Indian journal of veterinary science and animal husbandry - Volumes 18-21, 1948-1951
Year: 1948
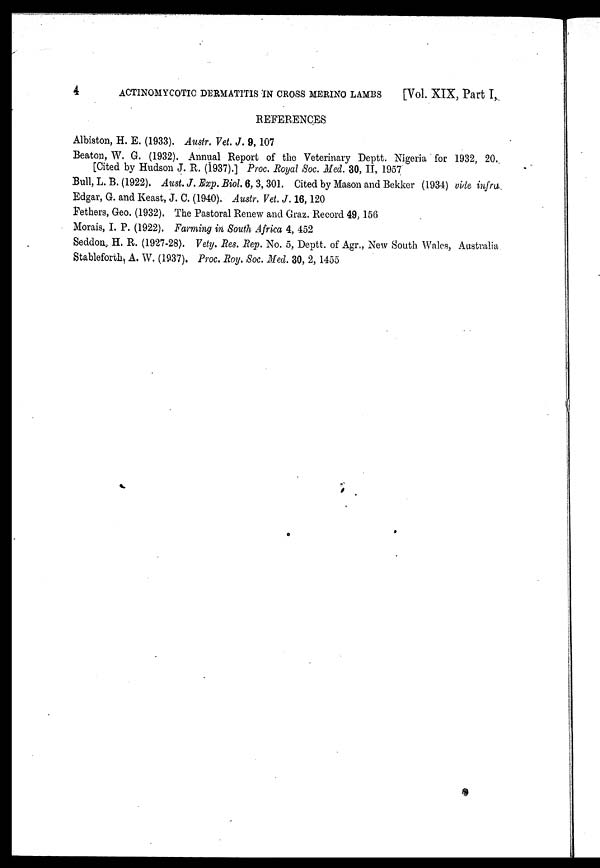
4
ACTINOMYCOTIC DERMATITIS IN CROSS MERINO LAMBS
[Vol. XIX, Part I,
REFERENCES
Albiston, H. E. (1933). Austr. Vet. J. 9, 107
Beaton, W. G. (1932). Annual Report of the Veterinary Deptt. Nigeria for 1932, 20.
[Cited by Hudson J. R. (1937).] Proc. Royal Soc. Med. 30, II, 1957
Bull, L. B. (1922). Aust. J. Exp. Biol. 6, 3, 301. Cited by Mason and Bekker (1934) vide infra
Edgar, G. and Keast, J. C. (1940). Austr. Vet. J. 16, 120
Fethers, Geo. (1932). The Pastoral Renew and Graz. Record 49, 156
Morais, I. P. (1922). Farming in South Africa 4, 452
Seddon, H. R. (1927-28). Vety. Res. Rep. No. 5, Deptt. of Agr., New South Wales, Australia
Stableforth, A. W. (1937). Proc. Roy. Soc. Med. 30, 2, 1455